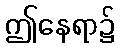
ဤနေရာ၌